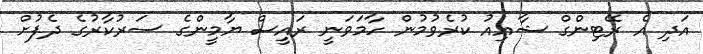
އަދި އެ ރޭޓިންގް ޝާއިއު ކުރެވުމުން ހާމަވަނީ ރައީސް ޔާމީންގެ ސަރުކާރުގެ ދެފުށް